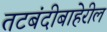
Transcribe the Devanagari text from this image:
तटबंदीबाहेरील